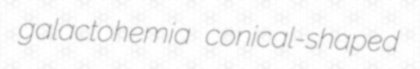
galactohemia conical-shaped